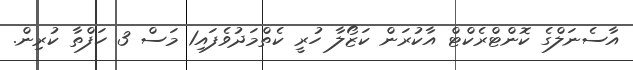
އާސެނަލްގެ ކޮންޓްރެކްޓް އާކުރަން ކަޒޯލާ ހުރީ ކެތްމަދުވެފައި1 މަސް 3 ހަފްތާ ކުރިން.